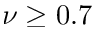
\nu \geq 0 . 7